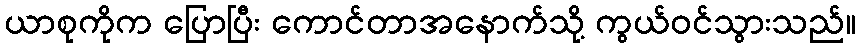
ယာစုကိုက ပြောပြီး ကောင်တာအနောက်သို့ ကွယ်ဝင်သွားသည်။